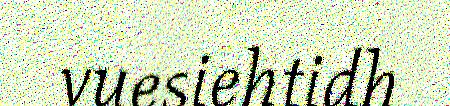
vuesiehtidh